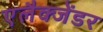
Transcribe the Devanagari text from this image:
एलैक्जेंडर